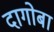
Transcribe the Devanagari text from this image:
दागोबा